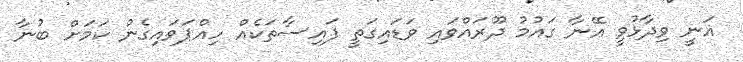
ޣަނީ ވިދާޅުވީ އޭނާ ގައުމު ދޫރައްވައި ވަޑައިގަތީ ފައިސާތަކެއް ހިއްޕަވައިގެން ކަމަށް ބުނާ